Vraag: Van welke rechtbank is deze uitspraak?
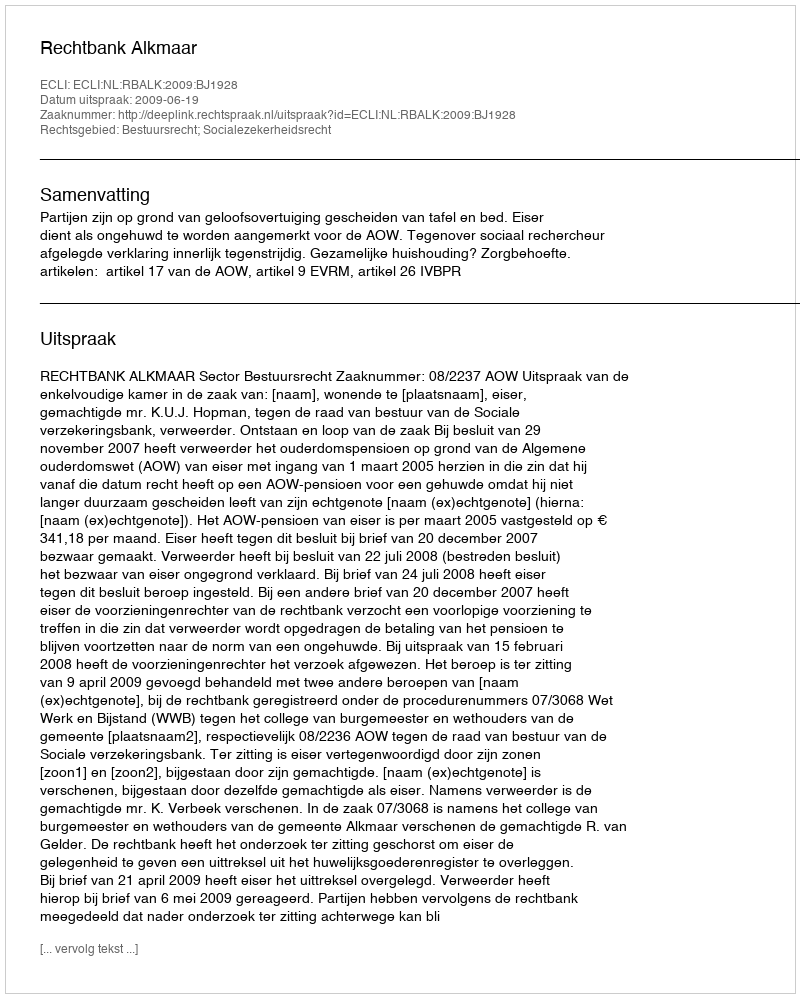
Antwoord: Rechtbank Alkmaar